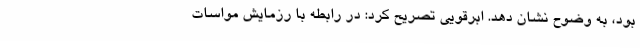
بود، به وضوح نشان دهد. ابرقویی تصریح کرد: در رابطه با رزمایش مواسات